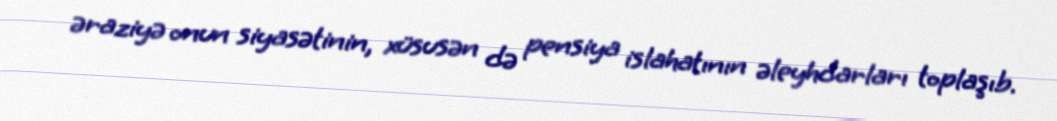
əraziyə onun siyasətinin, xüsusən də pensiya islahatının əleyhdarları toplaşıb.